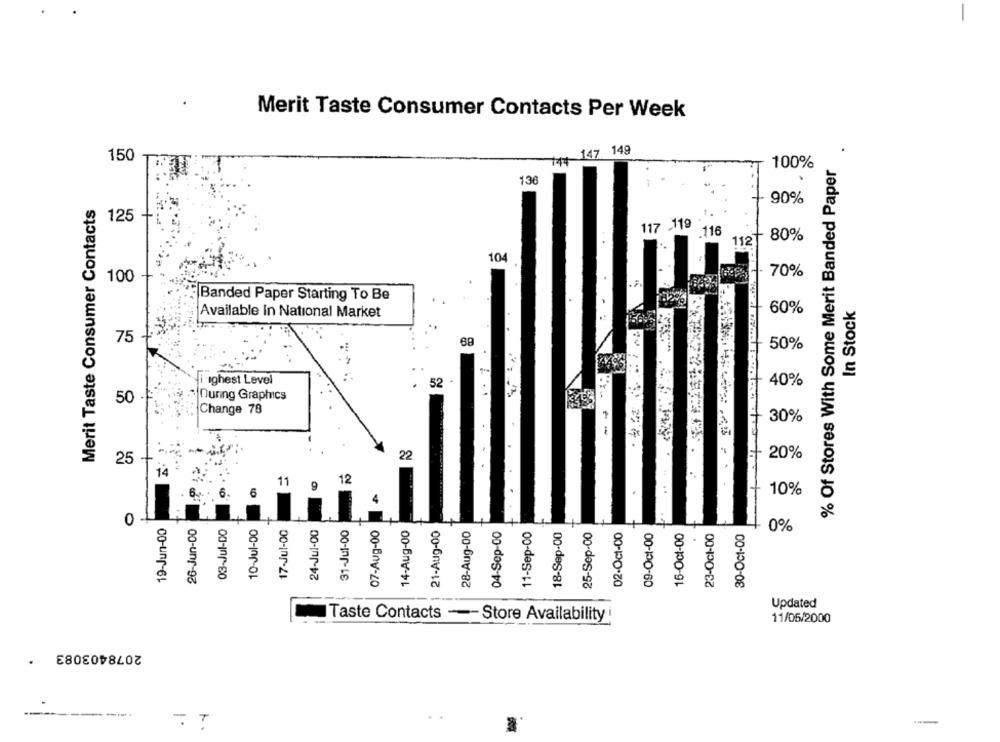
Merit Taste Consumer Contacts Per Week
144 147 149
150
100%
% Of Stores With Some Merit Banded Paper
136
Merit Taste Consumer Contacts
90%
125
117 119
.116
80%
112
104
70%
100
Banded Paper Starting To Be
In Stock
60%
Available In National Market
75
50%
ighest Level
52
40%
50 -
Ouring Graphics
Change 78
30%
25 -
25
22
20%
14
11
12
10%
0
19-Jun-00
26-Jun-00
03-Jul-DO
10-Jul-00
17-Jul-00
24-Jul-00
31-Jul-00
07-Aug-00
14-Aug-00
21-Aug-00
28-Aug-00
04-Sep-00
11-Sep-00
18-Sep-00
25-Sep-00
02-Oct-00
09-Oct-00
16-Oct-00
0%
23-Oct-00
30-Oct-00
Updated
Taste Contacts -- Store Availability
11/05/2000
2078403083
---------
TT